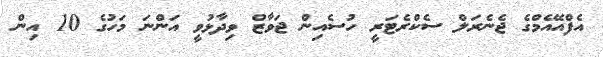
އެފްއޭއެމްގެ ޖެނެރަލް ސެކްރެޓަރީ ހުސެއިން ޖަވާޒް ވިދާޅުވީ އަންނަ މަހުގެ 10 އިން